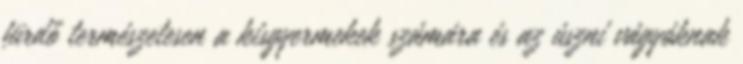
fürdő természetesen a kisgyermekek számára és az úszni vágyóknak